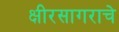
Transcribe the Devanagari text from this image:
क्षीरसागराचे